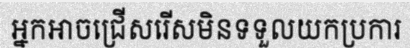
អ្នកអាចជ្រើសរើសមិនទទួលយកប្រការ